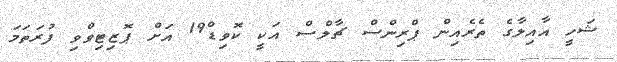
ޝަހީ އާއިލާގެ ތެރެއިން ޕްރިންސް ޗާލްސް އަކީ ކޮވިޑް19 އަށް ޕޮޒިޓިވްވި ފުރަތަމަ